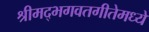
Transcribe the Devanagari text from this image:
श्रीमद्भगवतगीतेमध्ये